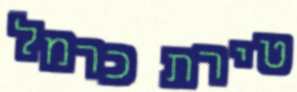
טירת כרמל